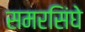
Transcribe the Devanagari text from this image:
समरसिंघे